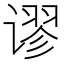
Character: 谬